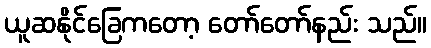
ယူဆနိုင်ခြေကတော့ တော်တော်နည်း သည်။